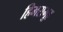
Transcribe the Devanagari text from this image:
हिमसमूह